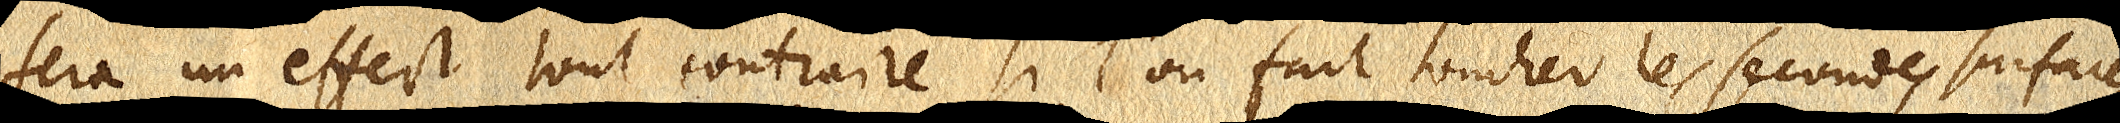
fera un effect tout contraire si l’on fait toucher les secondes surfaces